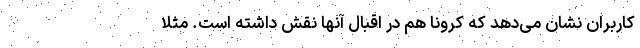
کاربران نشان می‌دهد که کرونا هم در اقبال آنها نقش داشته است. مثلا